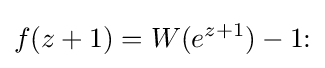
f(z+1)=W(e^{z+1})-1{\text{:}}